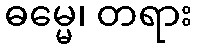
ဓမ္မေ၊ တရား